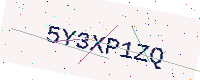
Text: 5Y3XP1ZQ